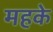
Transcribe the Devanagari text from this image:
महके